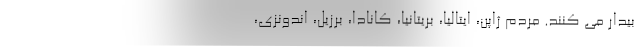
بیدار می کنند. مردم ژاپن، ایتالیا، بریتانیا، کانادا، برزیل، اندونزی،